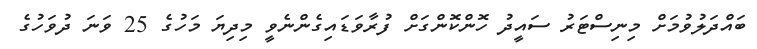
ބައްދަލުވުމަށް މިނިސްޓަރު ސައީދު ހޮންކޮންގަށް ފުރާވަޑައިގެންނެވީ މިދިޔަ މަހުގެ 25 ވަނަ ދުވަހުގެ